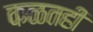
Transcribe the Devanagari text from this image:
कळतही